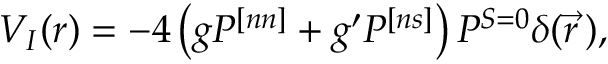
V _ { I } ( r ) = - 4 \left( g P ^ { [ n n ] } + g ^ { \prime } P ^ { [ n s ] } \right) P ^ { S = 0 } \delta ( \vec { r } \, ) ,